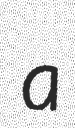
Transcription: a